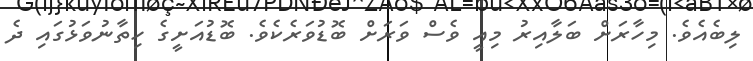
ލިބެއެވެ. މިހާރަށް ބަލާއިރު މިއީ ވެސް ވަރަށް ބޮޑުވަރެކެވެ. ބޮޑުއަށީގެ ހިތާނުވަޅުގައި ދެ